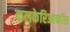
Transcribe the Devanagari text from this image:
कलकेरिआफॉस